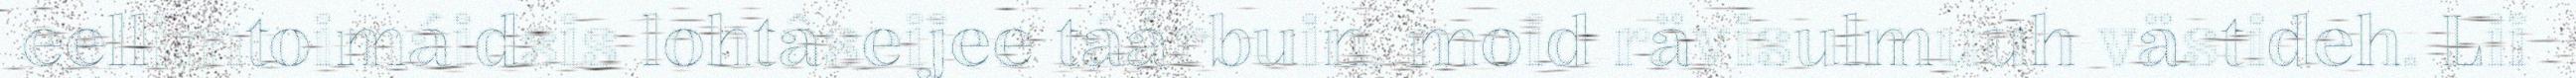
eellimtoimáidsis lohtâseijee táárbuin, moid rävisulmuuh västideh. Lii